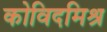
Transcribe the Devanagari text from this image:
कोविदमिश्र